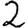
Digit: 2